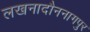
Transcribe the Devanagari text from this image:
लखनादौननागपुर